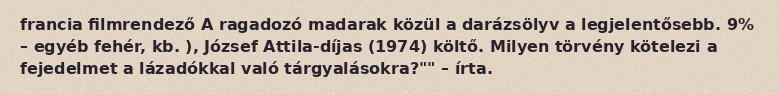
francia filmrendező A ragadozó madarak közül a darázsölyv a legjelentősebb. 9% – egyéb fehér, kb. ), József Attila-díjas (1974) költő. Milyen törvény kötelezi a fejedelmet a lázadókkal való tárgyalásokra?"" – írta.